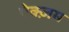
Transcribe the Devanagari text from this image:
ऐक्ज़म